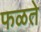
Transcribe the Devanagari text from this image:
फळते